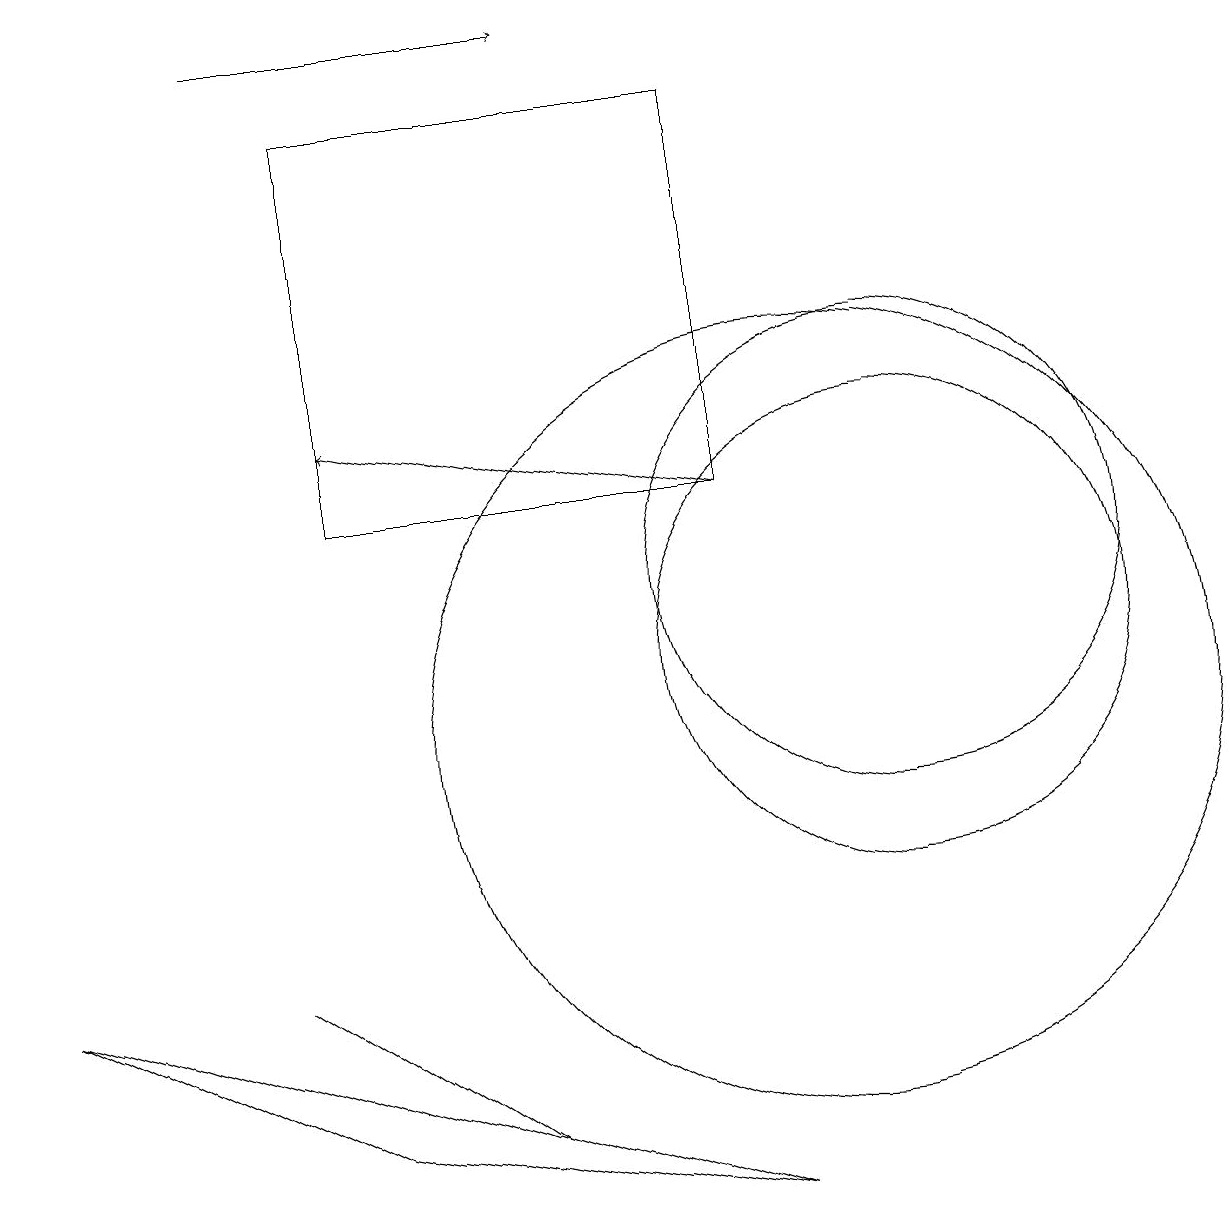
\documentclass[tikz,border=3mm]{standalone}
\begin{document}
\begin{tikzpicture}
\draw (0,7) -- (9,4) -- (4,5) -- cycle;
\draw (11,12) circle (3);
\draw[->] (3,19) -- (7,19);
\draw[->] (9,13) -- (4,14);
\draw (11,11) circle (3);
\draw (9,18) rectangle (4,13);
\draw (10,10) circle (5);
\draw (6,5) -- (3,7) -- (3,7) -- cycle;
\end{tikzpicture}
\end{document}